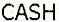
CASH